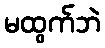
မထွက်ဘဲ